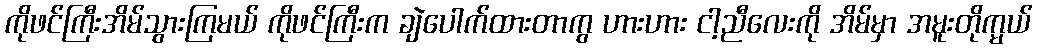
ကိုဖင်ကြီးအိမ်သွားကြမယ် ကိုဖင်ကြီးက ချဲပေါက်ထားတာကွ ဟားဟား ငါ့ညီလေးကို အိမ်မှာ အမူးတိုက္မယ်